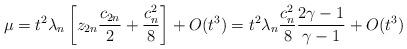
LaTeX: \begin{align*} \mu =t^{2} \lambda_{n} \left[ z_{2n} \frac{c_{2n}}{2} + \frac{c_{n}^{2}}{8} \right] +O ( t^{3} ) =t^{2} \lambda_{n} \frac{c_{n}^{2}}{8} \frac{2 \gamma -1}{\gamma -1} +O ( t^{3} ) \end{align*}